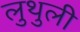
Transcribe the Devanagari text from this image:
लुथुली